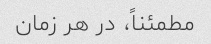
مطمئناً، در هر زمان